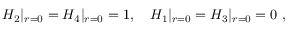
H _ { 2 } | _ { r = 0 } = H _ { 4 } | _ { r = 0 } = 1 , \ \ \ H _ { 1 } | _ { r = 0 } = H _ { 3 } | _ { r = 0 } = 0 \ ,